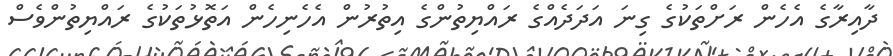
ދާއިރާގެ އެހެން ރަށްތަކުގެ ގިނަ އަދަދެއްގެ ރައްޔިތުންގެ އިތުރުން އެހެނިހެން އަތޮޅުތަކުގެ ރައްޔިތުންވެސް